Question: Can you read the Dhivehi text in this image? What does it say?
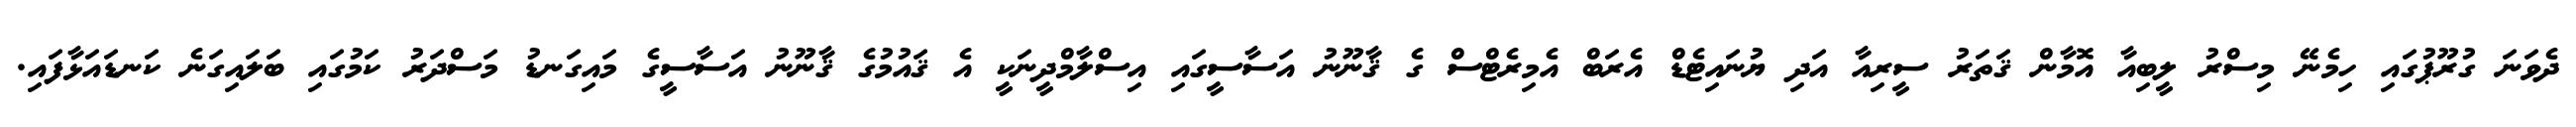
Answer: ދެވަނަ ގުރޫޕުގައި ހިމެނޭ މިސްރު ލީބިއާ އޮމާން ޤަތަރު ސީރިއާ އަދި ޔުނައިޓެޑް އެރަބް އެމިރެޓްސް ގެ ޤާނޫނު އަސާސީގައި އިސްލާމްދީނަކީ އެ ޤައުމުގެ ޤާނޫނު އަސާސީގެ މައިގަނޑު މަސްދަރު ކަމުގައި ބަލައިގަނެ ކަނޑައަޅާފައި.